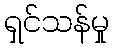
ရှင်သန်မှု